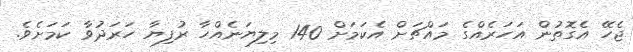
ޖެހޭ އެގޮތުން އަހަރެއްގެ މައްޗަށް އެކަމަށް 140 މިލިޔަނެއްހާ ރުފިޔާ ހަރަދުވާ ކަމަށެވެ.